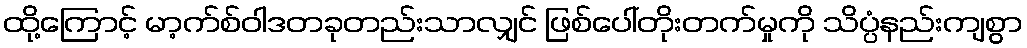
ထို့ကြောင့် မာ့က်စ်ဝါဒတခုတည်းသာလျှင် ဖြစ်ပေါ်တိုးတက်မှုကို သိပ္ပံနည်းကျစွာ